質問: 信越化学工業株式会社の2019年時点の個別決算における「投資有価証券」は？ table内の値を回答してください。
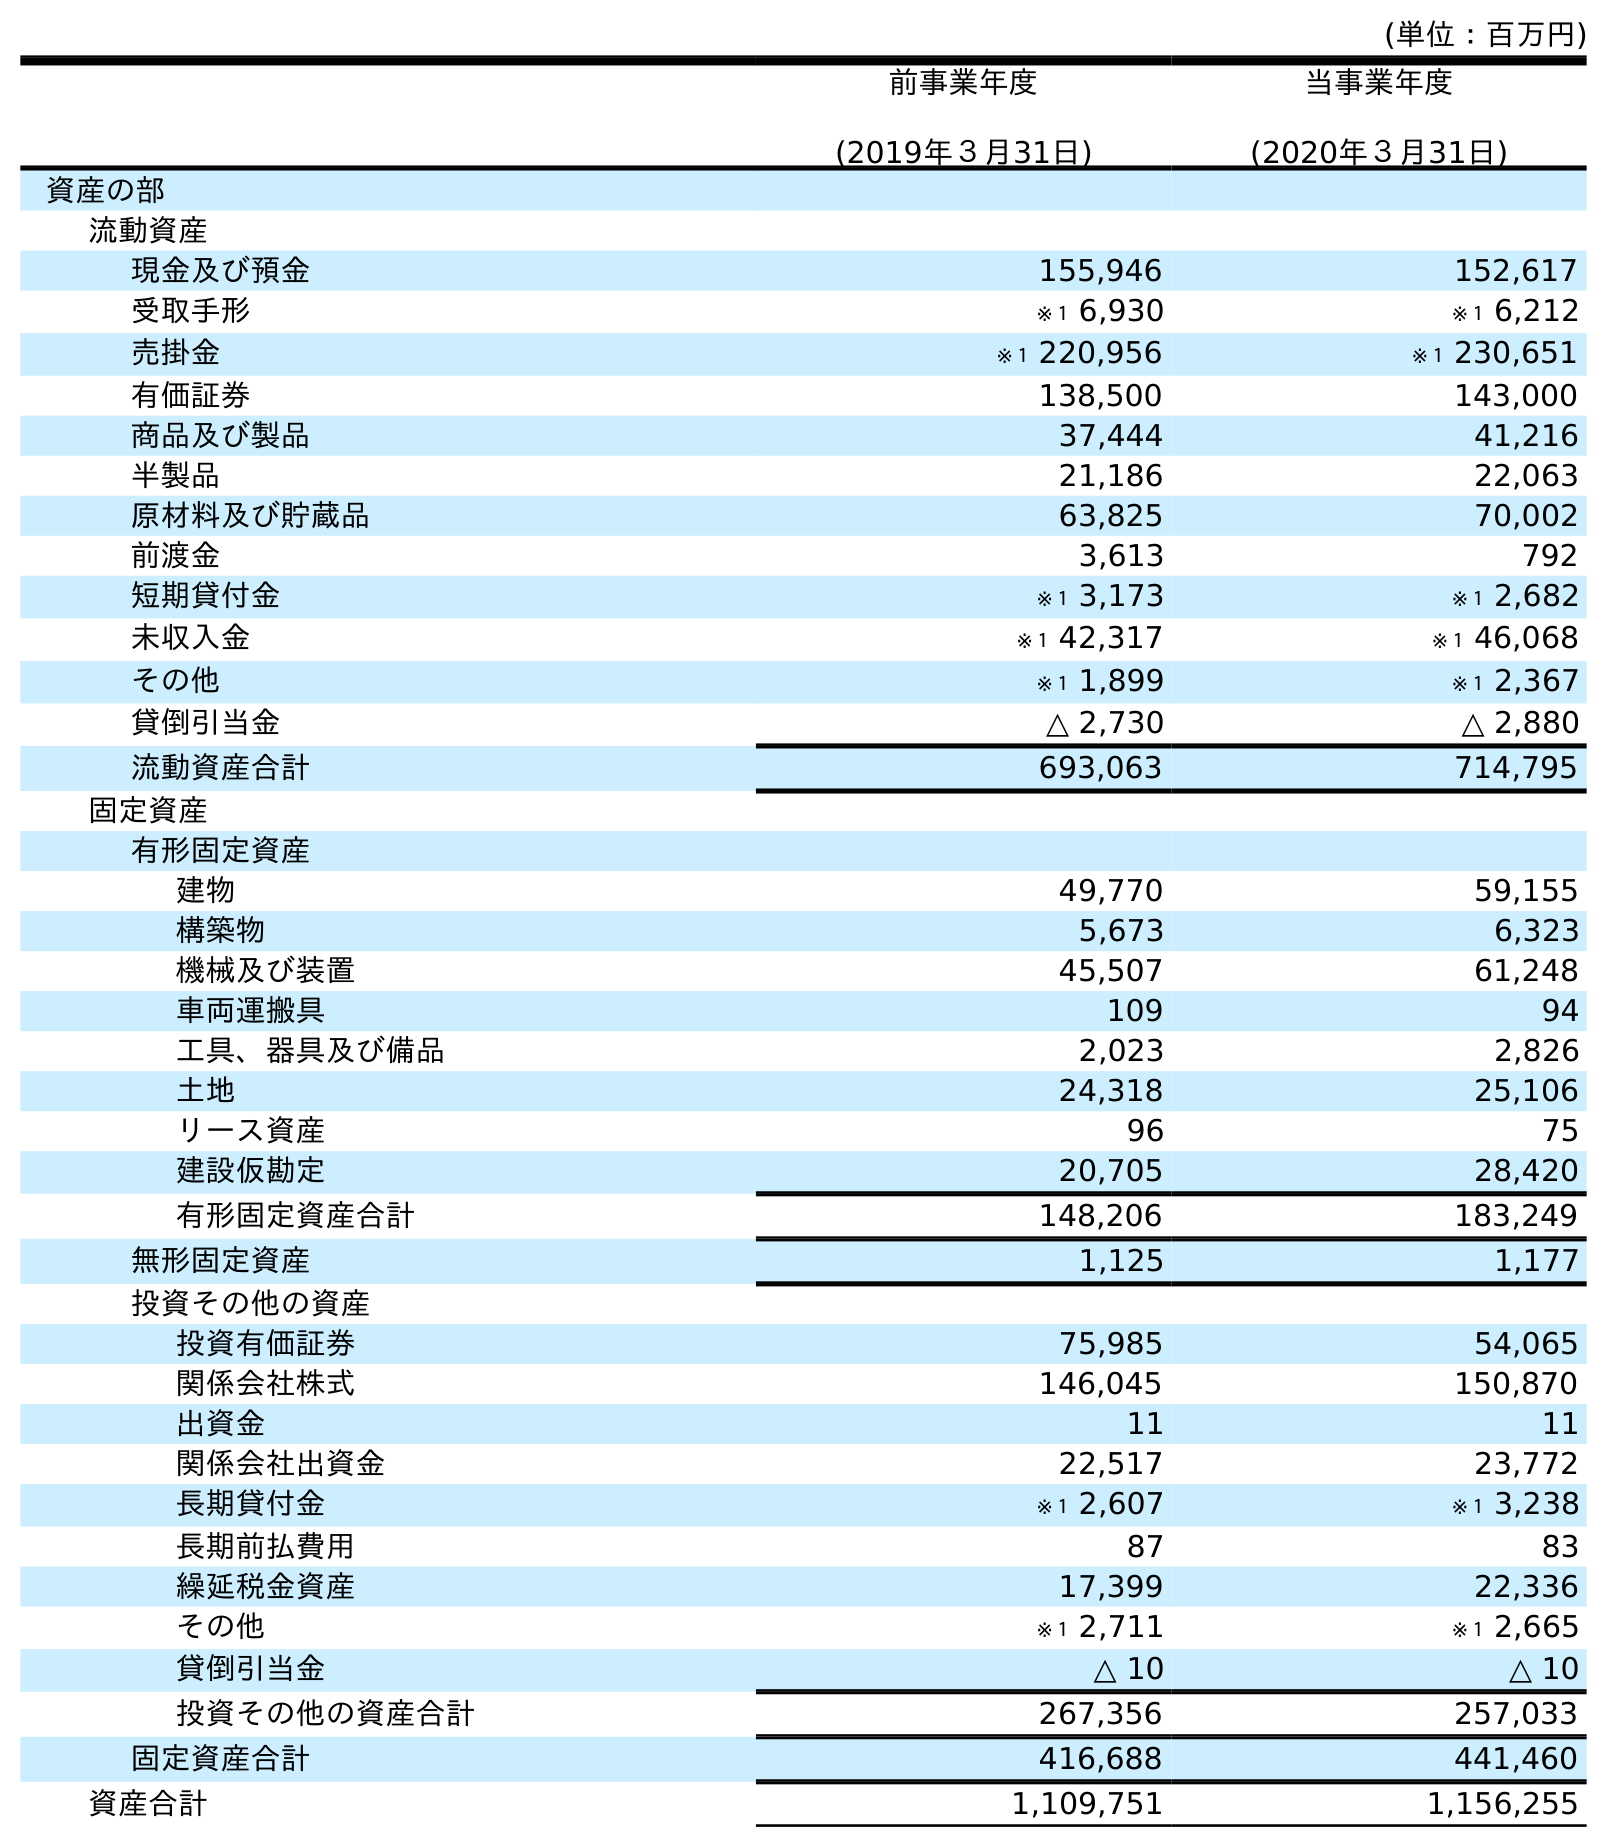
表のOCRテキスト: (単位：百万円) 前事業年度 (2019年３月31日) 当事業年度 (2020年３月31日) 資産の部 流動資産 現金及び預金 155,946 152,617 受取手形 ※１ 6,930 ※１ 6,212 売掛金 ※１ 220,956 ※１ 230,651 有価証券 138,500 143,000 商品及び製品 37,444 41,216 半製品 21,186 22,063 原材料及び貯蔵品 63,825 70,002 前渡金 3,613 792 短期貸付金 ※１ 3,173 ※１ 2,682 未収入金 ※１ 42,317 ※１ 46,068 その他 ※１ 1,899 ※１ 2,367 貸倒引当金 △ 2,730 △ 2,880 流動資産合計 693,063 714,795 固定資産 有形固定資産 建物 49,770 59,155 構築物 5,673 6,323 機械及び装置 45,507 61,248 車両運搬具 109 94 工具、器具及び備品 2,023 2,826 土地 24,318 25,106 リース資産 96 75 建設仮勘定 20,705 28,420 有形固定資産合計 148,206 183,249 無形固定資産 1,125 1,177 投資その他の資産 投資有価証券 75,985 54,065 関係会社株式 146,045 150,870 出資金 11 11 関係会社出資金 22,517 23,772 長期貸付金 ※１ 2,607 ※１ 3,238 長期前払費用 87 83 繰延税金資産 17,399 22,336 その他 ※１ 2,711 ※１ 2,665 貸倒引当金 △ 10 △ 10 投資その他の資産合計 267,356 257,033 固定資産合計 416,688 441,460 資産合計 1,109,751 1,156,255
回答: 75,985